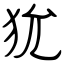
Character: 狁